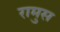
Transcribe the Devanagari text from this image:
रामुस